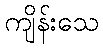
ကျိန်းသေ